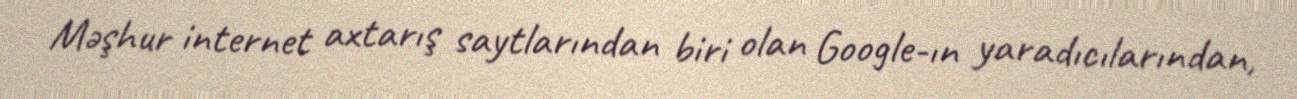
Məşhur internet axtarış saytlarından biri olan Google-ın yaradıcılarından,